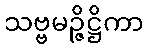
သဗ္ဗမဉ္ဇိဋ္ဌိကာ